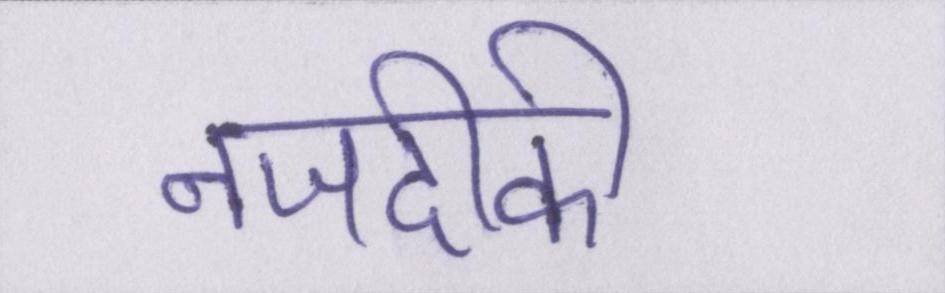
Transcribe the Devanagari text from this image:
नजदीकी